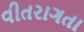
વીતરાગતા